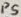
Text: P5